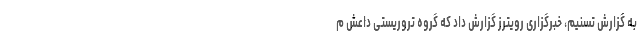
به گزارش تسنیم، خبرگزاری رویترز گزارش داد که گروه تروریستی داعش م